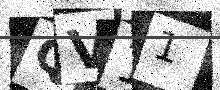
Text: QV11